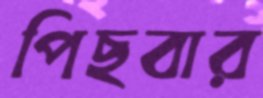
পিছবার